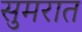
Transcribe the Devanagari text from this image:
सुमरात